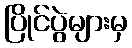
ပြိုင်ပွဲများမှ